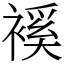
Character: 䙎